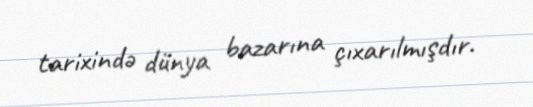
tarixində dünya bazarına çıxarılmışdır.